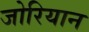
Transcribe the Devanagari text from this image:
जोरियान